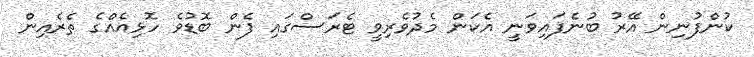
ކުންފުނިން އޭރު ބުނެފައިވަނީ އެކަން މެދުވެރިވީ ޓެރަސްގައި ފެން ބޮޑުވެ ހޮޅިއެއްގެ ތެރެއިން